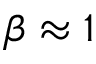
\beta \approx 1